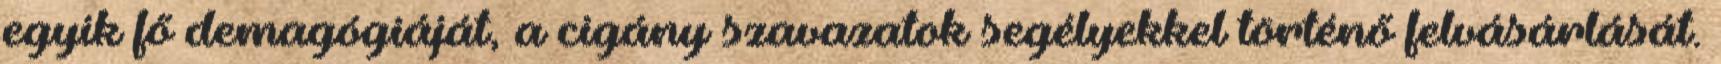
egyik fő demagógiáját, a cigány szavazatok segélyekkel történő felvásárlását.